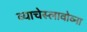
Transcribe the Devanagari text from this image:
व्याचेस्लावोव्ना